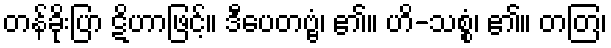
တန်ခိုးပြာ ဋိဟာဖြင့်။ ဒီပေတဗ္ဗံ၊ ၏။ ဟိ-သစ္စံ၊ ၏။ တတြ၊